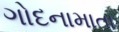
ગોદનામાતા